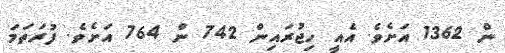
ން 1362 އަށެވެ. އެއީ ހިޖުރައިން 742 ން 764 އަށެވެ. ފުރަތަމަ